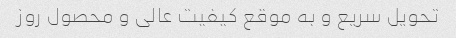
تحویل سریع و به موقع کیفیت عالی و محصول روز